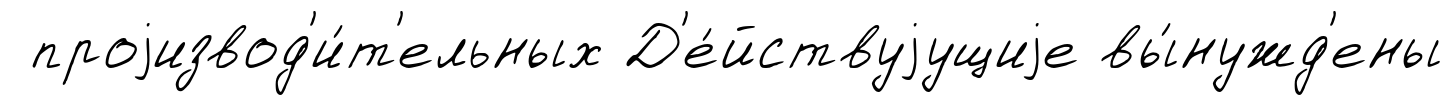
проjизвод'и́т'ельных Д'е́йствуjущиjе вы́нужд'ены